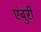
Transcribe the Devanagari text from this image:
एंबुरी